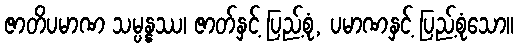
ဇာတိပမာဏ သမ္ပန္နဿ၊ ဇာတ်နှင့် ပြည့်စုံ, ပမာဏနှင့် ပြည့်စုံသော။